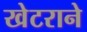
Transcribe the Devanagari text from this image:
खेटराने